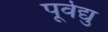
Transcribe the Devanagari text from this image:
पूर्वेद्यु